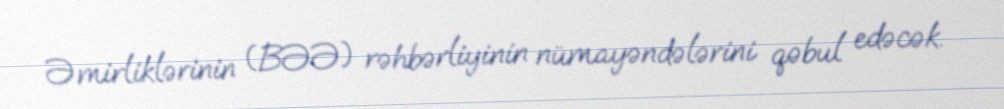
Əmirliklərinin (BƏƏ) rəhbərliyinin nümayəndələrini qəbul edəcək.